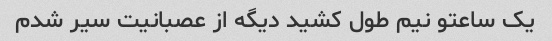
یک ساعتو نیم طول کشید دیگه از عصبانیت سیر شدم